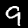
Digit: 9